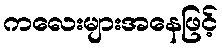
ကလေးများအနေဖြင့်